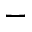
-